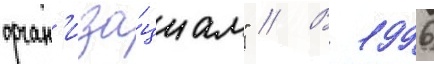
орган'иза́циам" // В 1996